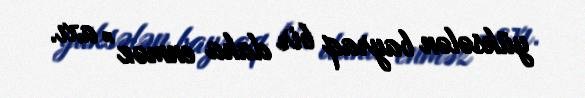
yüksələn bayraq bir daha enməz” axı.